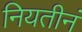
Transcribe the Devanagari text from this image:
नियतीनं